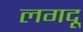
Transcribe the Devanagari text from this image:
लगदू